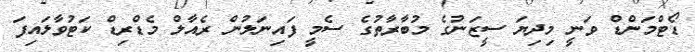
ޑޯޓްމަންޑް ވަނީ މިދިޔަ ސީޒަނުގެ މުބާރާތުގެ ސެމީ ފައިނަލުން ރެއާލް މެޑްރިޑް ކަޓުވާލައިފަ